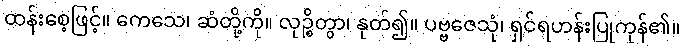
ထန်းစေ့ဖြင့်။ ကေသေ၊ ဆံတို့ကို။ လုဉ္စိတွာ၊ နုတ်၍။ ပဗ္ဗဇေသုံ၊ ရှင်ရဟန်းပြုကုန်၏။